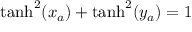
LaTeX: \operatorname { t a n h } ^ { 2 } ( x _ { a } ) + \operatorname { t a n h } ^ { 2 } ( y _ { a } ) = 1